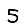
Digit: 5